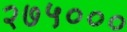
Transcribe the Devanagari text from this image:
२७५०००